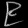
Digit: ၉